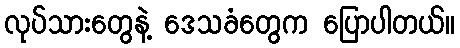
လုပ်သားတွေနဲ့ ဒေသခံတွေက ပြောပါတယ်။